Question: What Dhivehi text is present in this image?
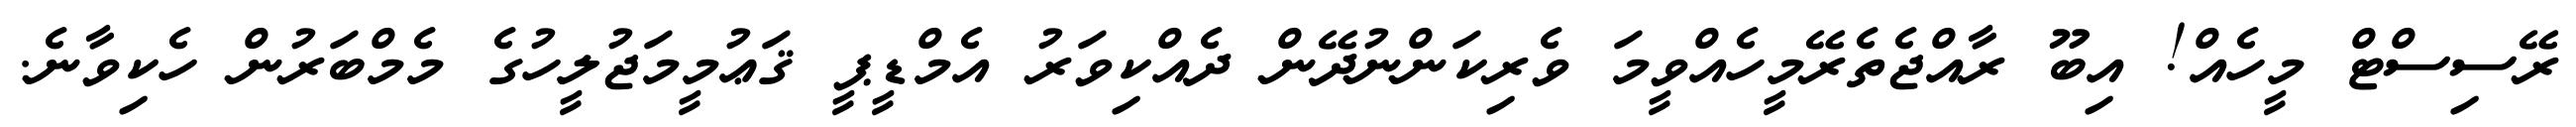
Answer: ރޭސިސްޓް މީހެއް! އިބޫ ރާއްޖެތެރޭމީހެއްވީމަ ވެރިކަންނުދޭން ދެއްކިވަރު އެމްޑީޕީ ޤަޢުމީމަޖުލީހުގެ މެމްބަރުން ހެކިވާނެ.